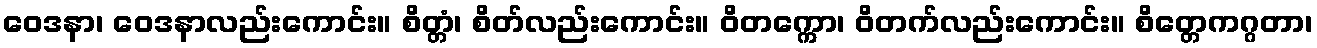
ဝေဒနာ၊ ဝေဒနာလည်းကောင်း။ စိတ္တံ၊ စိတ်လည်းကောင်း။ ဝိတက္ကော၊ ဝိတက်လည်းကောင်း။ စိတ္တေကဂ္ဂတာ၊